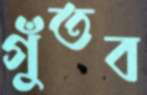
গুঁতব